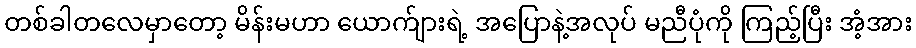
တစ်ခါတလေမှာတော့ မိန်းမဟာ ယောက်ျားရဲ့ အပြောနဲ့အလုပ် မညီပုံကို ကြည့်ပြီး အံ့အား